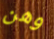
وهن